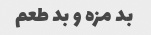
بد مزه و بد طعم